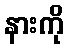
နားကို